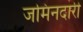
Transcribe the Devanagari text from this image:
जमिनदारी